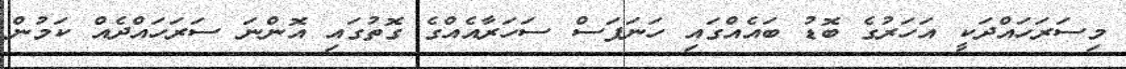
މިސަރަހައްދަކީ އަހަރުގެ ބޮޑު ބައެއްގައި ހަނަފަސް ސަހަރާއެއްގެ ގޮތުގައި އޮންނަ ސަރަހައްދެއް ކަމުން